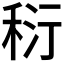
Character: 𥞟